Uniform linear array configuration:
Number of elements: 32
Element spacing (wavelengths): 0.5
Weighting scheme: cosine
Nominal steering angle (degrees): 30
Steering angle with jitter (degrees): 30.325
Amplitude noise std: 0.05
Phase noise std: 0.05

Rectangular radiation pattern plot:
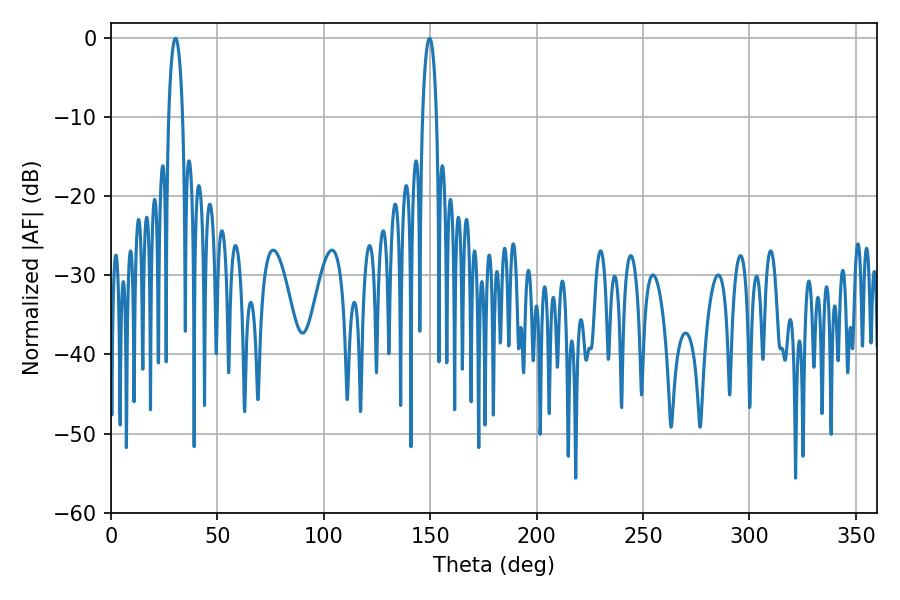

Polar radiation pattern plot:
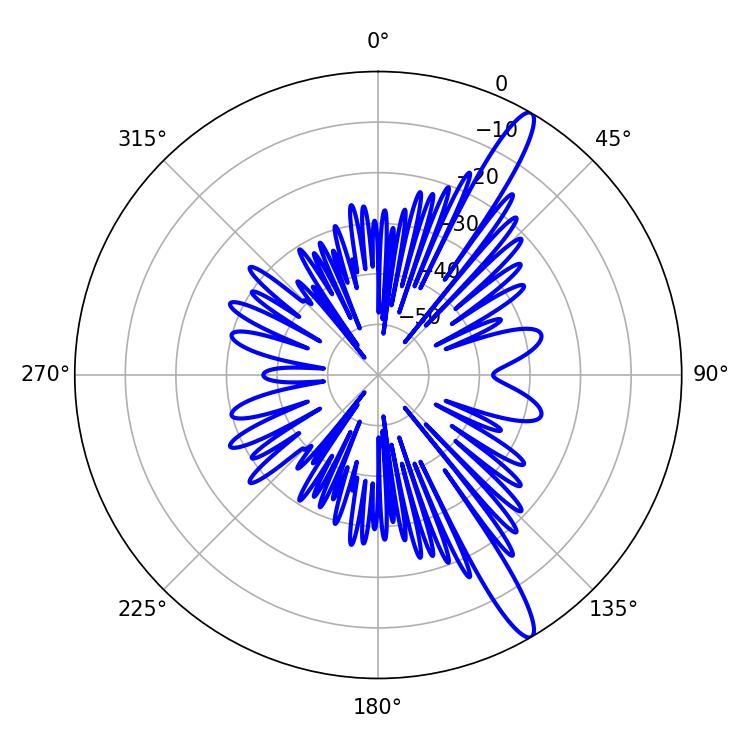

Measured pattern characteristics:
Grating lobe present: FALSE
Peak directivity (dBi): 14.332
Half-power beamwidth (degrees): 3.78
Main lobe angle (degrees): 149.76